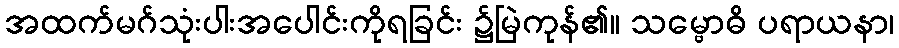
အထက်မဂ်သုံးပါးအပေါင်းကိုရခြင်း ၌မြဲကုန်၏။ သမ္ဗောဓိ ပရာယနာ၊